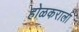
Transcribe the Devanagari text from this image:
होळकराला